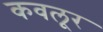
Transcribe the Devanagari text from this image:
कवलूर